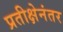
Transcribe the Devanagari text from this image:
प्रतीक्षेनंतर